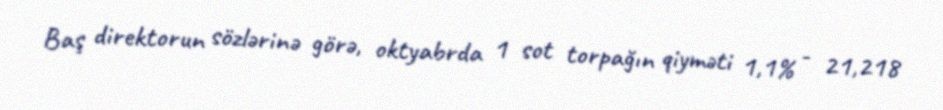
Baş direktorun sözlərinə görə, oktyabrda 1 sot torpağın qiyməti 1,1% - 21,218